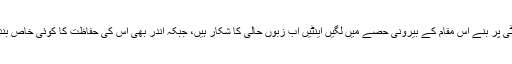
پہاڑ کی چوٹی پر بنے اس مقام کے بیرونی حصے میں لگیں اینٹیں اب زبوں حالی کا شکار ہیں، جبکہ اندر بھی اس کی حفاظت کا کوئی خاص بندوبست نہیں۔